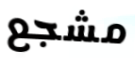
مشجع